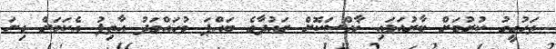
ތަހުގީގު ކުރުމަށް ބާރުއަޅައި ޚާއްސަކޮށް ރައުދާގެ ބައްޕަ މުހައްމަދު އާތިފު އެކަމަށް ގިނަ